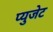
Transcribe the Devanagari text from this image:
प्युजेट